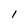
Character: I